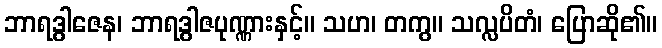
ဘာရဒွါဇေန၊ ဘာရဒွါဇပုဏ္ဏားနှင့်။ သဟ၊ တကွ။ သလ္လပိတံ၊ ပြောဆို၏။